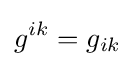
g^{ik}=g_{ik}